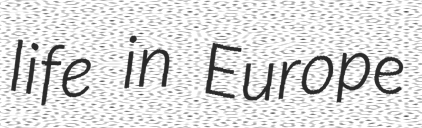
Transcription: life in Europe